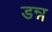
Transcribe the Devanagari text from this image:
डन्न